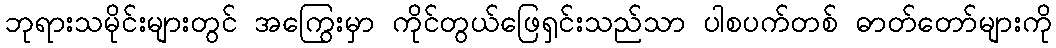
ဘုရားသမိုင်းများတွင် အကြွေးမှာ ကိုင်တွယ်ဖြေရှင်းသည်သာ ပါစပက်တစ် ဓာတ်တော်များကို